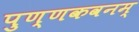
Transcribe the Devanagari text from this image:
पुण्णकवनम्